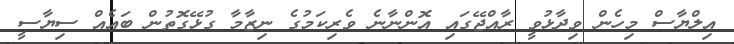
އިލްޔާސް މިހެން ވިދާޅުވީ ރާއްޖޭގައި އޮންނާނެ ވެރިިކަމުގެ ނިޒާމާ ގުޅޭގޮތުން ބައެއް ސިޔާސީ